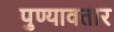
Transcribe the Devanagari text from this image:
पुण्यावतार